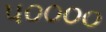
૫૦૦૦૦